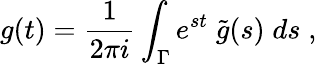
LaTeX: g(t)=\frac{1}{2\pi i}\int_{\Gamma}e^{st}\; \tilde{g}(s)\; ds\; ,